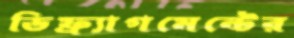
ডিফ্র্যাগমেন্টের